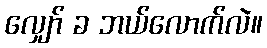
လျှော် ခ ဘယ်လောက်လဲ။